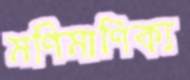
মণিমাণিক্য